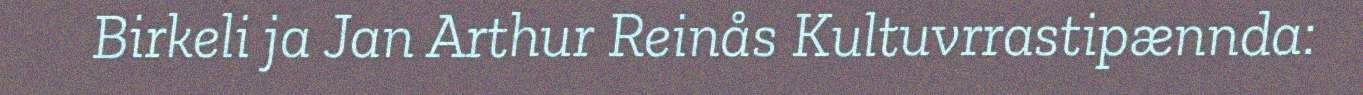
Birkeli ja Jan Arthur Reinås Kultuvrrastipænnda: